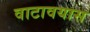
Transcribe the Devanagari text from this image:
वाटावयास